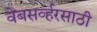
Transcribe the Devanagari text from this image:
वेबसर्व्हरसाठी